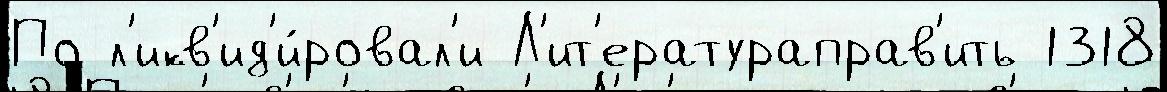
По л'икв'ид'и́ровал'и Л'ит'ератураправ'ить 1318